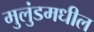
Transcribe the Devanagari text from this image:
मुलुंडमधील